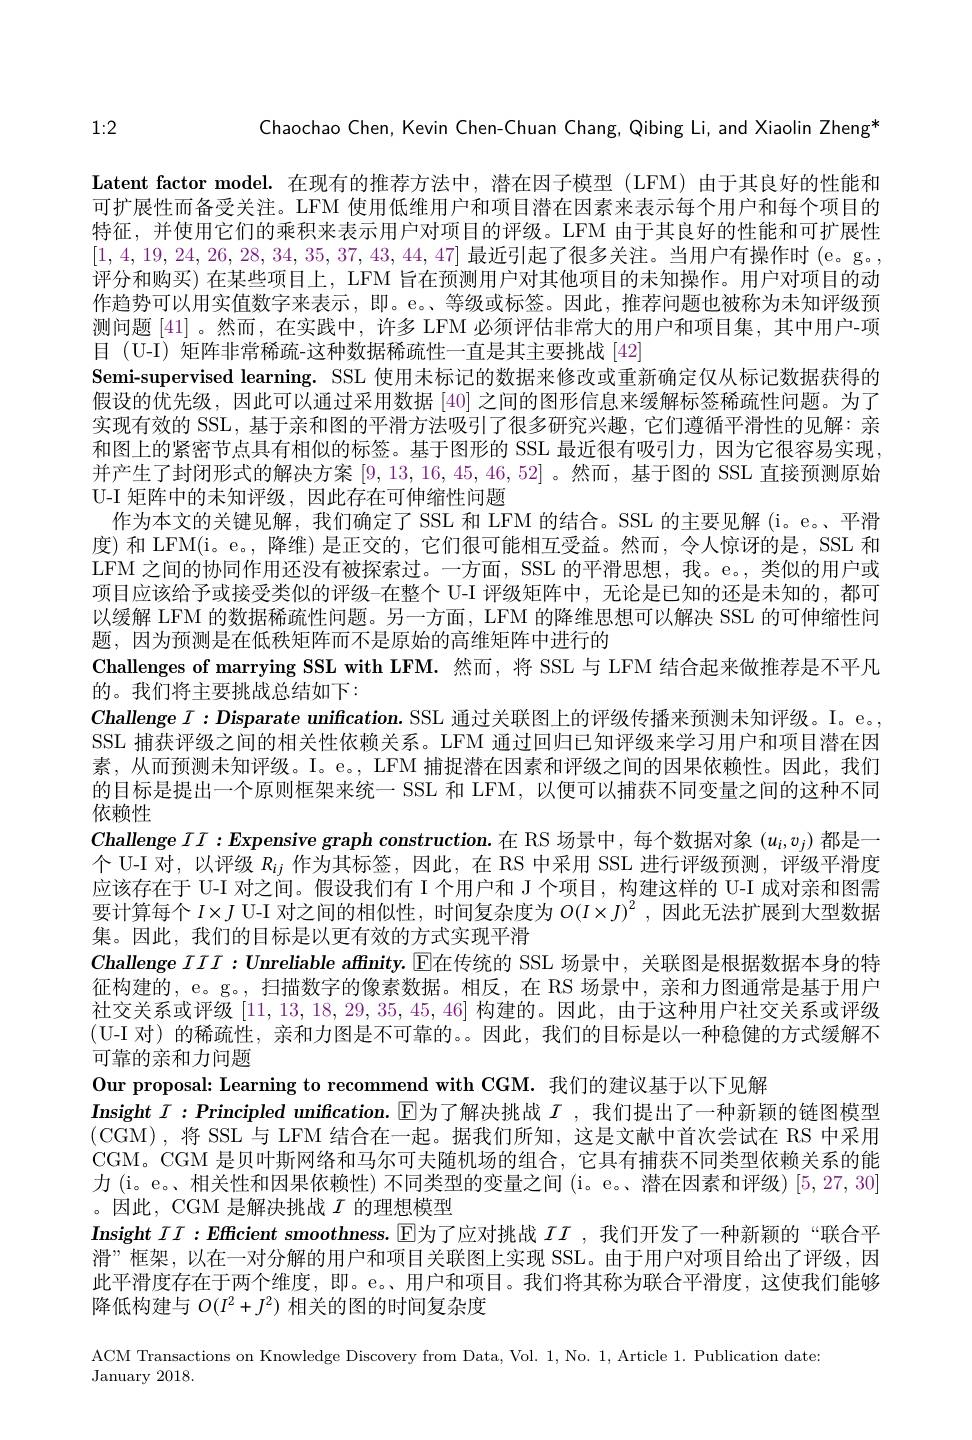
1:2

Chaochao Chen, Kevin Chen-Chuan Chang, Qibing Li, and Xiaolin Zheng*

$\textbf{Latent factor model. 在 现 有 的 推 荐 方 法 中 , 潜 在 因 子 模 型 ( LFM) 由 于 其 良 好 的 性 能 和 }$ 可扩展性而备受关注。LFM 使用低维用户和项目潜在因素来表示每个用户和每个项目的特征，并使用它们的乘积来表示用户对项目的评级。LFM 由于其良好的性能和可扩展性[1,4,19,24,26,28,34,35,37,43,44,47]最近引起了很多关注。当用户有操作时 (e。g。, 评分和购买) 在某些项目上，LFM 旨在预测用户对其他项目的未知操作。用户对项目的动作趋势可以用实值数字来表示，即。e。、等级或标签。因此，推荐问题也被称为未知评级预测问题 [41] 。然而，在实践中，许多 LFM 必须评估非常大的用户和项目集，其中用户-项目 (U-I) 矩阵非常稀疏-这种数据稀疏性一直是其主要挑战[42]
Semi-supervised learning. SSL 使用未标记的数据来修改或重新确定仅从标记数据获得的假设的优先级，因此可以通过采用数据[40]之间的图形信息来缓解标签稀疏性问题。为了实现有效的 SSL, 基于亲和图的平滑方法吸引了很多研究兴趣，它们遵循平滑性的见解：亲和图上的紧密节点具有相似的标签。基于图形的 SSL 最近很有吸引力，因为它很容易实现并产生了封闭形式的解决方案[9,13,16,45,46,52] 。然而，基于图的 SSL 直接预测原始U-I 矩阵中的未知评级，因此存在可伸缩性问题
作为本文的关键见解，我们确定了 SSL 和 LFM 的结合。SSL 的主要见解 (i。e。、平滑度)和 LFM(i。e。, 降维) 是正交的，它们很可能相互受益。然而，令人惊讶的是，SSL 和LFM 之间的协同作用还没有被探索过。一方面，SSL 的平滑思想，我。e。, 类似的用户或项目应该给予或接受类似的评级-在整个 U-I 评级矩阵中，无论是已知的还是未知的，都可以缓解 LFM 的数据稀疏性问题。另一方面，LFM 的降维思想可以解决 SSL 的可伸缩性问题，因为预测是在低秩矩阵而不是原始的高维矩阵中进行的
Challenges of marrying SSL with LFM. 然而，将 SSL 与 LFM 结合起来做推荐是不平凡
的。我们将主要挑战总结如下：
$C$hallenge $I:D$isparate unification. SSL 通过关联图上的评级传播来预测未知评级。I。e。, SSL 捕获评级之间的相关性依赖关系。LFM 通过回归已知评级来学习用户和项目潜在因素，从而预测未知评级。I。e。, LFM 捕捉潜在因素和评级之间的因果依赖性。因此，我们的目标是提出一个原则框架来统一 SSL 和 LFM, 以便可以捕获不同变量之间的这种不同依赖性
$C$hallenge $II:Ex$pensive graph construction.在 RS 场景中，每个数据对象$(u_i,v_j)$都是一个 U-I 对，以评级$R_ij$作为其标签，因此，在 RS 中采用 SSL 进行评级预测，评级平滑度应该存在于 U-I 对之间。假设我们有 I 个用户和 J 个项目，构建这样的 U-I 成对亲和图需要计算每个$I\times J$ U-I 对之间的相似性，时间复杂度为$O(I\times J)^2$ ,因此无法扩展到大型数据集。因此，我们的目标是以更有效的方式实现平滑
$C$hallenge $III: U\textbf{nreliable affnity. }\boxed{\text{E在 传 统 的 SSL 场 景 中 , 关 联 图 是 根 据 数 据 本 身 的 特 }}$ 征构建的，e。g。, 扫描数字的像素数据。相反，在 RS 场景中，亲和力图通常是基于用户社交关系或评级[11,13,18,29,35,45,46]构建的。因此，由于这种用户社交关系或评级(U-I 对)的稀疏性，亲和力图是不可靠的。。因此，我们的目标是以一种稳健的方式缓解不可靠的亲和力问题
Our proposal: Learning to recommend with CGM. 我们的建议基于以下见解
Insight $I:$Principled unifcation. $\operatorname{E}$为了解决挑战 $I$ ,我们提出了一种新颖的链图模型(CGM),将 SSL 与 LFM 结合在一起。据我们所知，这是文献中首次尝试在 RS 中采用CGM。CGM 是贝叶斯网络和马尔可夫随机场的组合，它具有捕获不同类型依赖关系的能力 (i。e。、相关性和因果依赖性) 不同类型的变量之间 (i。e。、潜在因素和评级) [5,27,30] 。因此，CGM 是解决挑战$I$的理想模型
Insight $II:Ef$ficient smoothness. $\mathbb{E}$为了应对挑战 $II$ ,我们开发了一种新颖的“联合平滑”框架，以在一对分解的用户和项目关联图上实现 SSL。由于用户对项目给出了评级，因此平滑度存在于两个维度，即。e。、用户和项目。我们将其称为联合平滑度，这使我们能够降低构建与$O(I^2+J^2)$相关的图的时间复杂度

ACM Transactions on Knowledge Discovery from Data, Vol. 1, No. 1, Article 1. Publication date:
${\mathrm{January~2018.}}$